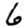
Digit: 6